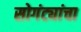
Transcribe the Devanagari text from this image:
सोगंट्यांचा